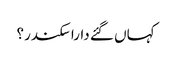
کہاں گئے دارا سکندر؟